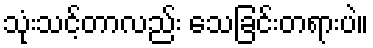
သုံးသင့်တာလည်း သေခြင်းတရားပဲ။